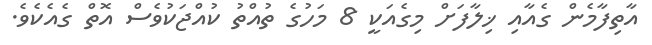
އާތިފާމެން ގެއާއި ޚިލާފަށް މިގެއަކީ 8 މަހުގެ ތުއްތު ކުއްޖަކުވެސް އޮތް ގެއެކެވެ.